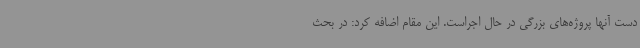
دست آنها پروژه‌های بزرگی در حال اجراست. این مقام اضافه کرد: در بحث